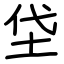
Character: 垈